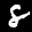
Label: 8